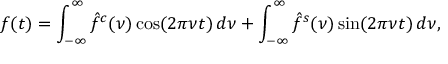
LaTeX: f ( t ) = \int _ { - \infty } ^ { \infty } { \hat { f } } ^ { c } ( \nu ) \cos ( 2 \pi \nu t ) \, d \nu + \int _ { - \infty } ^ { \infty } { \hat { f } } ^ { s } ( \nu ) \sin ( 2 \pi \nu t ) \, d \nu ,